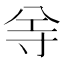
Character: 𡬦